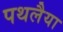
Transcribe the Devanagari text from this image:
पथलैया